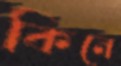
কিনে